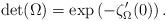
LaTeX: \begin{align*}\det(\Omega)=\exp \left(-\zeta_{\Omega}'(0)\right).\end{align*}